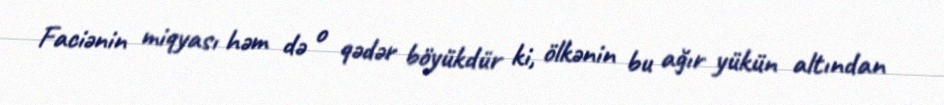
Faciənin miqyası həm də o qədər böyükdür ki, ölkənin bu ağır yükün altından